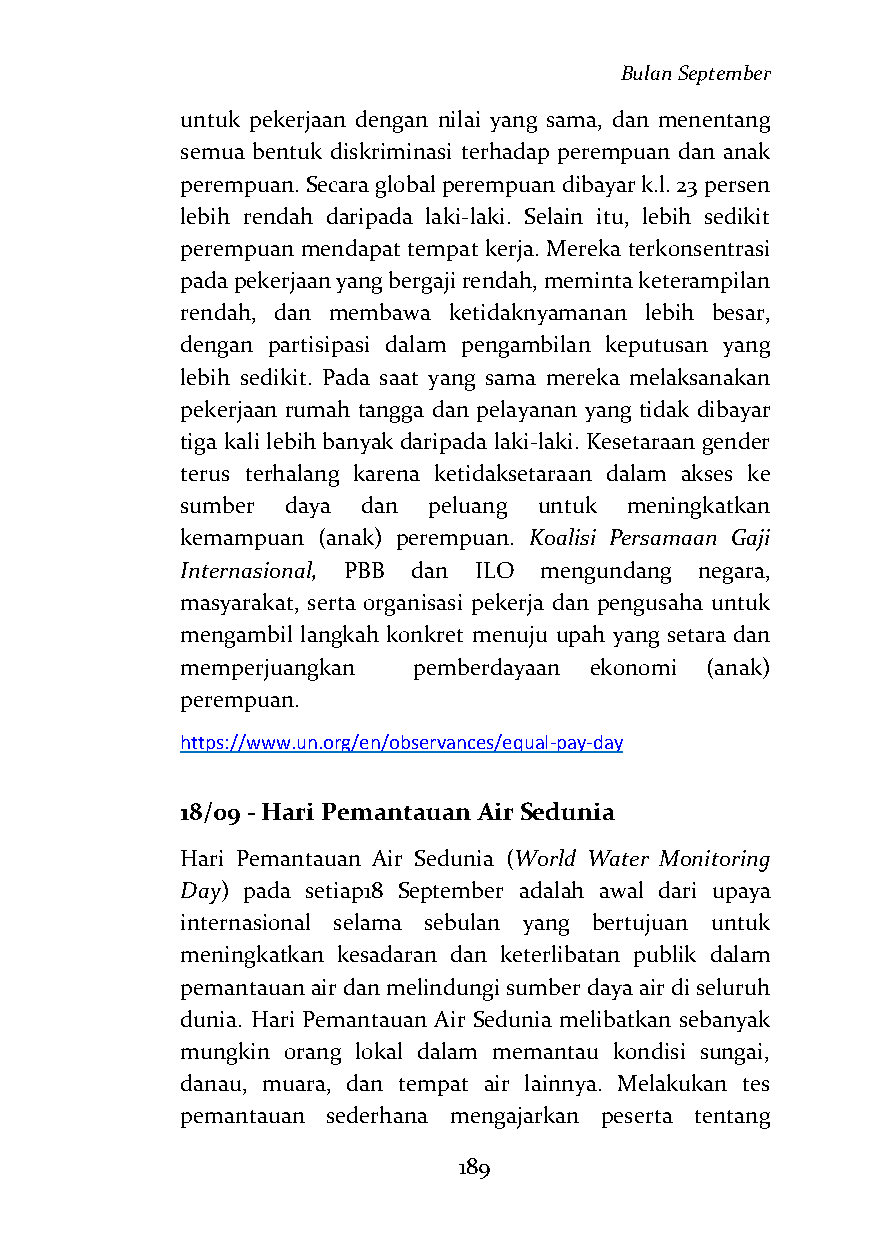
Bulan September
 untuk pekerjaan dengan nilai yang sama, dan menentang
 semua bentuk diskriminasi terhadap perempuan dan anak
 perempuan. Secara global perempuan dibayar k.l. 23 persen
 lebih rendah daripada laki-laki. Selain itu, lebih sedikit
 perempuan mendapat tempat kerja. Mereka terkonsentrasi
 pada pekerjaan yang bergaji rendah, meminta keterampilan
 rendah, dan membawa ketidaknyamanan lebih besar,
 dengan partisipasi dalam pengambilan keputusan yang
 lebih sedikit. Pada saat yang sama mereka melaksanakan
 pekerjaan rumah tangga dan pelayanan yang tidak dibayar
 tiga kali lebih banyak daripada laki-laki. Kesetaraan gender
 terus terhalang karena ketidaksetaraan dalam akses ke
 sumber daya dan peluang untuk meningkatkan
 kemampuan (anak) perempuan. Koalisi Persamaan Gaji
 Internasional, PBB dan ILO mengundang negara,
 masyarakat, serta organisasi pekerja dan pengusaha untuk
 mengambil langkah konkret menuju upah yang setara dan
 memperjuangkan pemberdayaan ekonomi (anak)
 perempuan.
 https://www.un.org/en/observances/equal-pay-day
 18/09 - Hari Pemantauan Air Sedunia
 Hari Pemantauan Air Sedunia (World Water Monitoring
 Day) pada setiap18 September adalah awal dari upaya
 internasional selama sebulan yang bertujuan untuk
 meningkatkan kesadaran dan keterlibatan publik dalam
 pemantauan air dan melindungi sumber daya air di seluruh
 dunia. Hari Pemantauan Air Sedunia melibatkan sebanyak
 mungkin orang lokal dalam memantau kondisi sungai,
 danau, muara, dan tempat air lainnya. Melakukan tes
 pemantauan sederhana mengajarkan peserta tentang
 189